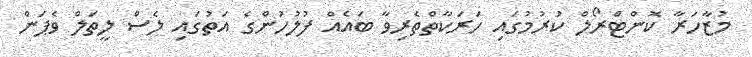
މުޒާހަރާ ކޮންޓްރޯލް ކުރުމުގައި ހަރަކާތްތެރިވާ ބައެއް ފުލުހުންގެ އަތުގައި ލެސް ލީތަލް ވެޕަން